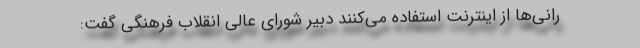
رانی‌ها از اینترنت استفاده می‌کنند دبیر شورای عالی انقلاب فرهنگی گفت: